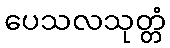
ပေသလသုတ္တံ